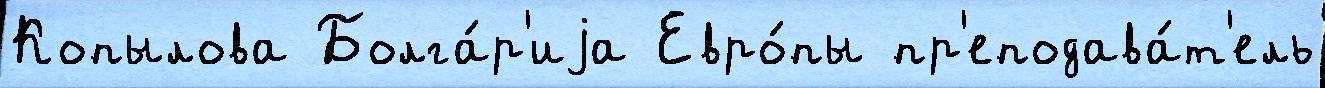
Копылова Болга́р'иjа Евро́пы пр'еподава́т'ель